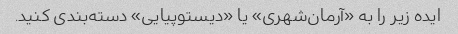
ایده زیر را به «آرمان‌شهری» یا «دیستوپیایی» دسته‌بندی کنید.